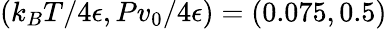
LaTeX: (k_{B}T/4\epsilon,Pv_{0}/4\epsilon)=(0.075,0.5)